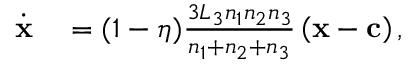
\begin{array} { r l } { \dot { \mathbf { x } } } & { { } = ( 1 - \eta ) \frac { 3 L _ { 3 } n _ { 1 } n _ { 2 } n _ { 3 } } { n _ { 1 } + n _ { 2 } + n _ { 3 } } \left( \mathbf { x } - \mathbf { c } \right) , } \end{array}